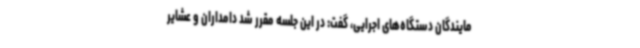
مایندگان دستگاه‌های اجرایی، گفت: در این جلسه مقرر شد دامداران و عشایر